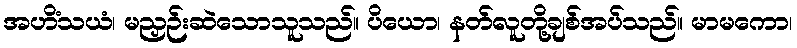
အဟိံသယံ၊ မညှဉ်းဆဲသောသူသည်။ ပိယော၊ နတ်လူတို့ချစ်အပ်သည်။ မာမကော၊